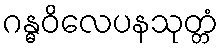
ဂန္ဓဝိလေပနသုတ္တံ